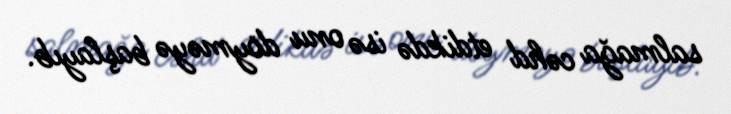
salmağa cəhd etdikdə isə onu döyməyə başlayıb.